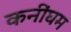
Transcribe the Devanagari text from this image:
कनींघम